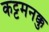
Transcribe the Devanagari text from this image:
कट्टमनक्कु